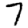
Digit: 7